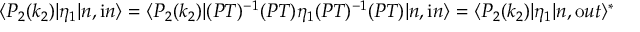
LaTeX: \langle P _ { 2 } ( k _ { 2 } ) | \eta _ { 1 } | n , { \mathrm i n } \rangle = \langle P _ { 2 } ( k _ { 2 } ) | ( P T ) ^ { - 1 } ( P T ) \eta _ { 1 } ( P T ) ^ { - 1 } ( P T ) | n , { \mathrm i n } \rangle = \langle P _ { 2 } ( k _ { 2 } ) | \eta _ { 1 } | n , { \mathrm o u t } \rangle ^ { * } \,